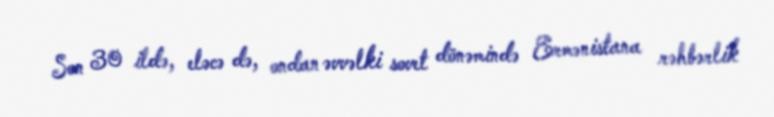
Son 30 ildə, eləcə də, ondan əvvəlki sovet dönəmində Ermənistana rəhbərlik